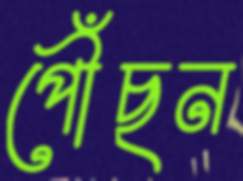
পৌঁছন